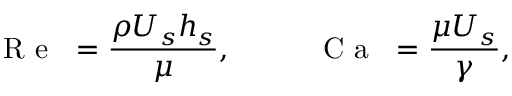
\mathrm { ~ \textit ~ { ~ R ~ e ~ } ~ } = \frac { \rho U _ { s } h _ { s } } { \mu } , \qquad \mathrm { ~ \textit ~ { ~ C ~ a ~ } ~ } = \frac { \mu U _ { s } } { \gamma } ,